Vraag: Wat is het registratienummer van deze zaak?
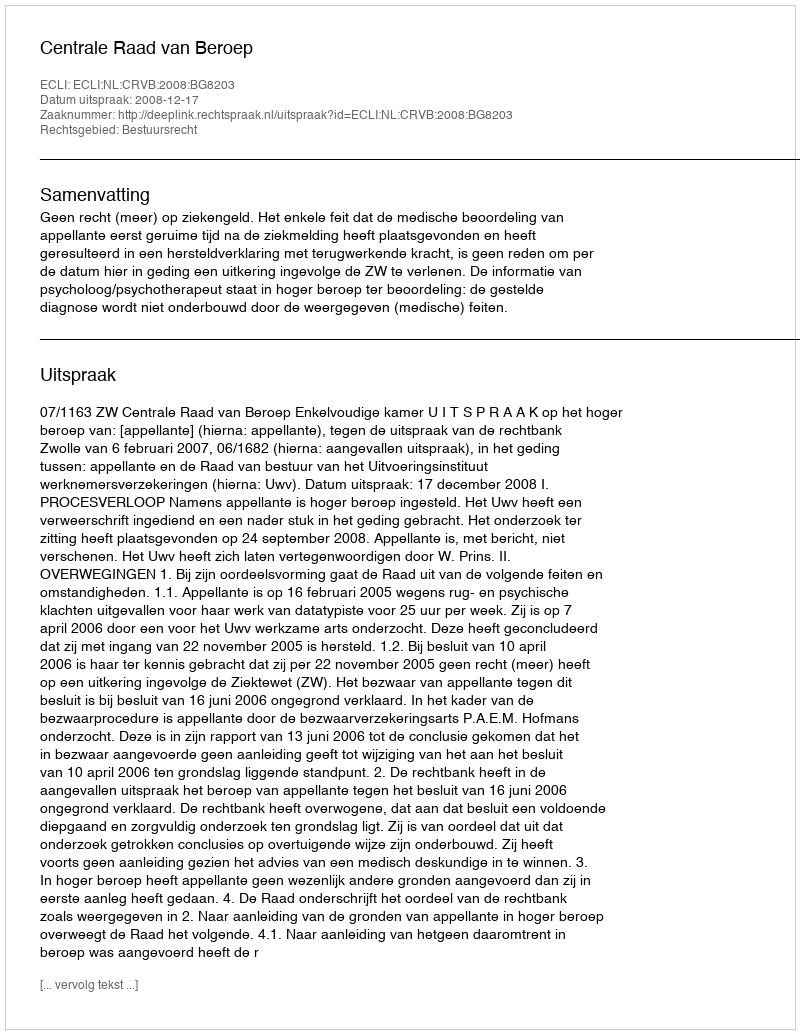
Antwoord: http://deeplink.rechtspraak.nl/uitspraak?id=ECLI:NL:CRVB:2008:BG8203